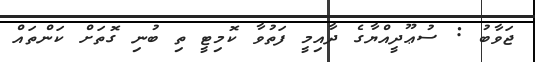
ޖަވާބު : ސުޢޫދީއްޔާގެ ދާއިމީ ފަތުވާ ކޮމިޓީ ތި ބުނި ގޮތަށް ކަންތައް